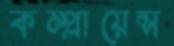
কম্প্লায়েন্স